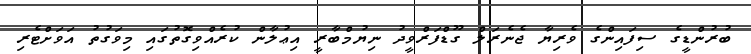
ބުރުންޑީގެ ސިފައިންގެ ވެރިޔާ ޖެނެރަލް ގޫޑްފަރްވީދު ނިޔުމްބާރީ އިޢުލާން ކުރެއްވިގޮތުގައި މިވަގުތު އަވަށްޓެރި